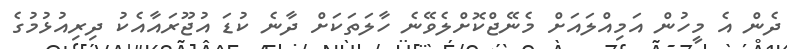
ދެން އެ މީހުން އަމިއްލައަށް މެނޭޖްކޮށްލެވޭނެ ހާލަތަކަށް ދާނެ ކުޑަ އުޖޫރައާއެކު ދިރިއުޅުމުގެ